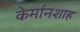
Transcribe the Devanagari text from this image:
केर्मानशाह